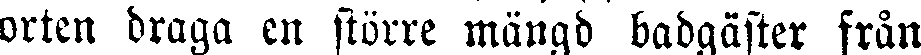
orten draga en större mängd badgäster från